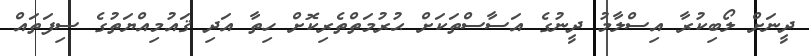
ދީނަށް ލޯބިކުރާ އިސްލާމު ދީނުގެ އަސާސްތަކަށް ޙުރުމަތްތެރިކޮށް ހިތާ އަދި ޤައުމިއްޔަތުގެ ސިފަތައް